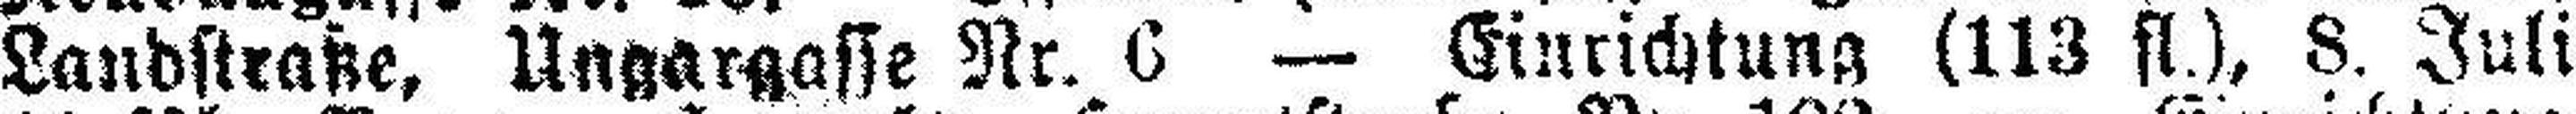
Landstraße, Ungargasse Nr. 6 — Einrichtung (113 fl.), 8. Juli